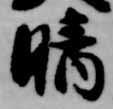
晴